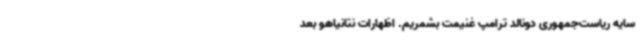
سایه ریاست‌جمهوری دونالد ترامپ غنیمت بشمریم. اظهارات نتانیاهو بعد